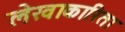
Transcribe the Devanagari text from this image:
लेखाकारिता